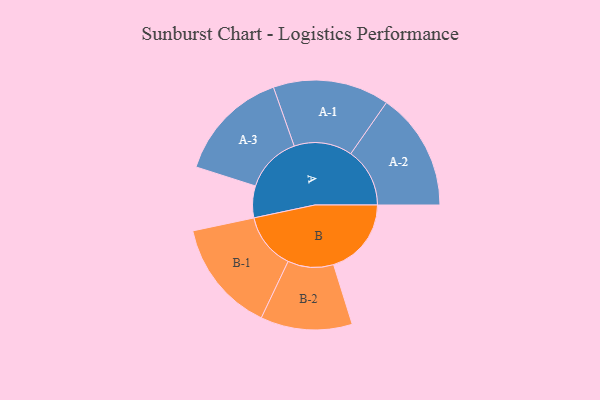
{"axis": {"x": "Segment", "y": "Value"}, "legend": ["", "A", "B"], "data": [{"x": "A", "y": 154, "type": ""}, {"x": "B", "y": 377, "type": ""}, {"x": "A-1", "y": 282, "type": "A"}, {"x": "A-2", "y": 286, "type": "A"}, {"x": "A-3", "y": 274, "type": "A"}, {"x": "B-1", "y": 273, "type": "B"}, {"x": "B-2", "y": 222, "type": "B"}]}